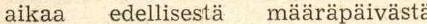
aikaa edellisestä määräpäivästä